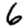
Digit: 6